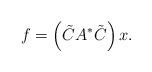
LaTeX: \begin{align*}f=\left(\tilde{C}A^{*}\tilde{C}\right)x.\end{align*}